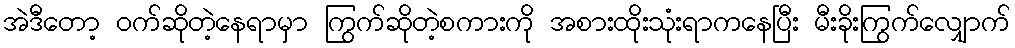
အဲဒီတော့ ဝက်ဆိုတဲ့နေရာမှာ ကြွက်ဆိုတဲ့စကားကို အစားထိုးသုံးရာကနေပြီး မီးခိုးကြွက်လျှောက်